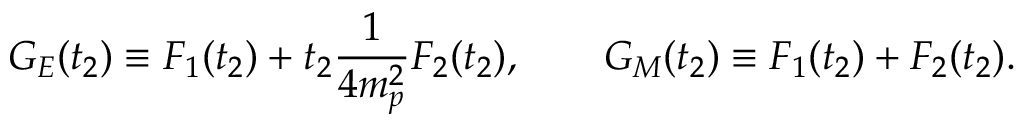
G _ { E } ( t _ { 2 } ) \equiv F _ { 1 } ( t _ { 2 } ) + t _ { 2 } \frac { 1 } { 4 m _ { p } ^ { 2 } } F _ { 2 } ( t _ { 2 } ) , \qquad G _ { M } ( t _ { 2 } ) \equiv F _ { 1 } ( t _ { 2 } ) + F _ { 2 } ( t _ { 2 } ) .